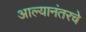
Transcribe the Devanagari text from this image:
आल्यानंतरचे